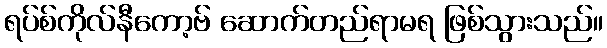
ရပ်စ်ကိုလ်နီကော့ဗ် ဆောက်တည်ရာမရ ဖြစ်သွားသည်။